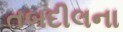
તબદીલના